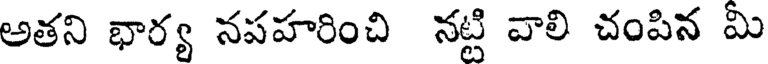
అతని భార్య నపహరించి నట్టి వాలి చంపిన మి